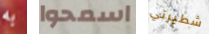
به اسمحوا شطيرتي